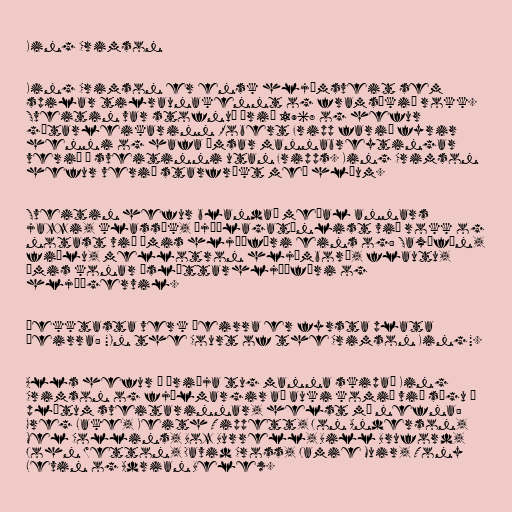
King Crimson

King Crimson er ensk hljómsveit sem
spilar tilraunakennt og framsækið rokk.
Sveitin var stofnuð árið 1968 og hefur
gítarleikarinn Robert Fripp farið fyrir
henni og hafa ýmsar mannabreytingar
verið á sveitinni utan Fripps. King Crimson
hefur verið starfrækt með hléum.

Sveitin hefur blandað meðal annars
jazzi, klassík, þjóðlagatónlist við rokk og
notast við ýmis hljóðfæri eins og: Saxófón,
fiðlu, mellotron hljómborð, flautu,
ýmis konar ásláttarhljóðfæri og
hljóðgervil.

Þekktasta verk þeirra er fyrsta plata
þeirra: "In the Court of the Crimson King".

Alls hefur á þriðja tug manna skipað King
Crimson og fjölmargir að auki komið við sögu á
plötum sveitarinnar, helst má nefna:
Greg Lake, Keith Tippett, Jon Anderson,
Mel Collins, Boz Burrell, Bill Bruford,
John Wetton, David Cross, Jamie Muir, Tony
Levin og Adrian Belew.